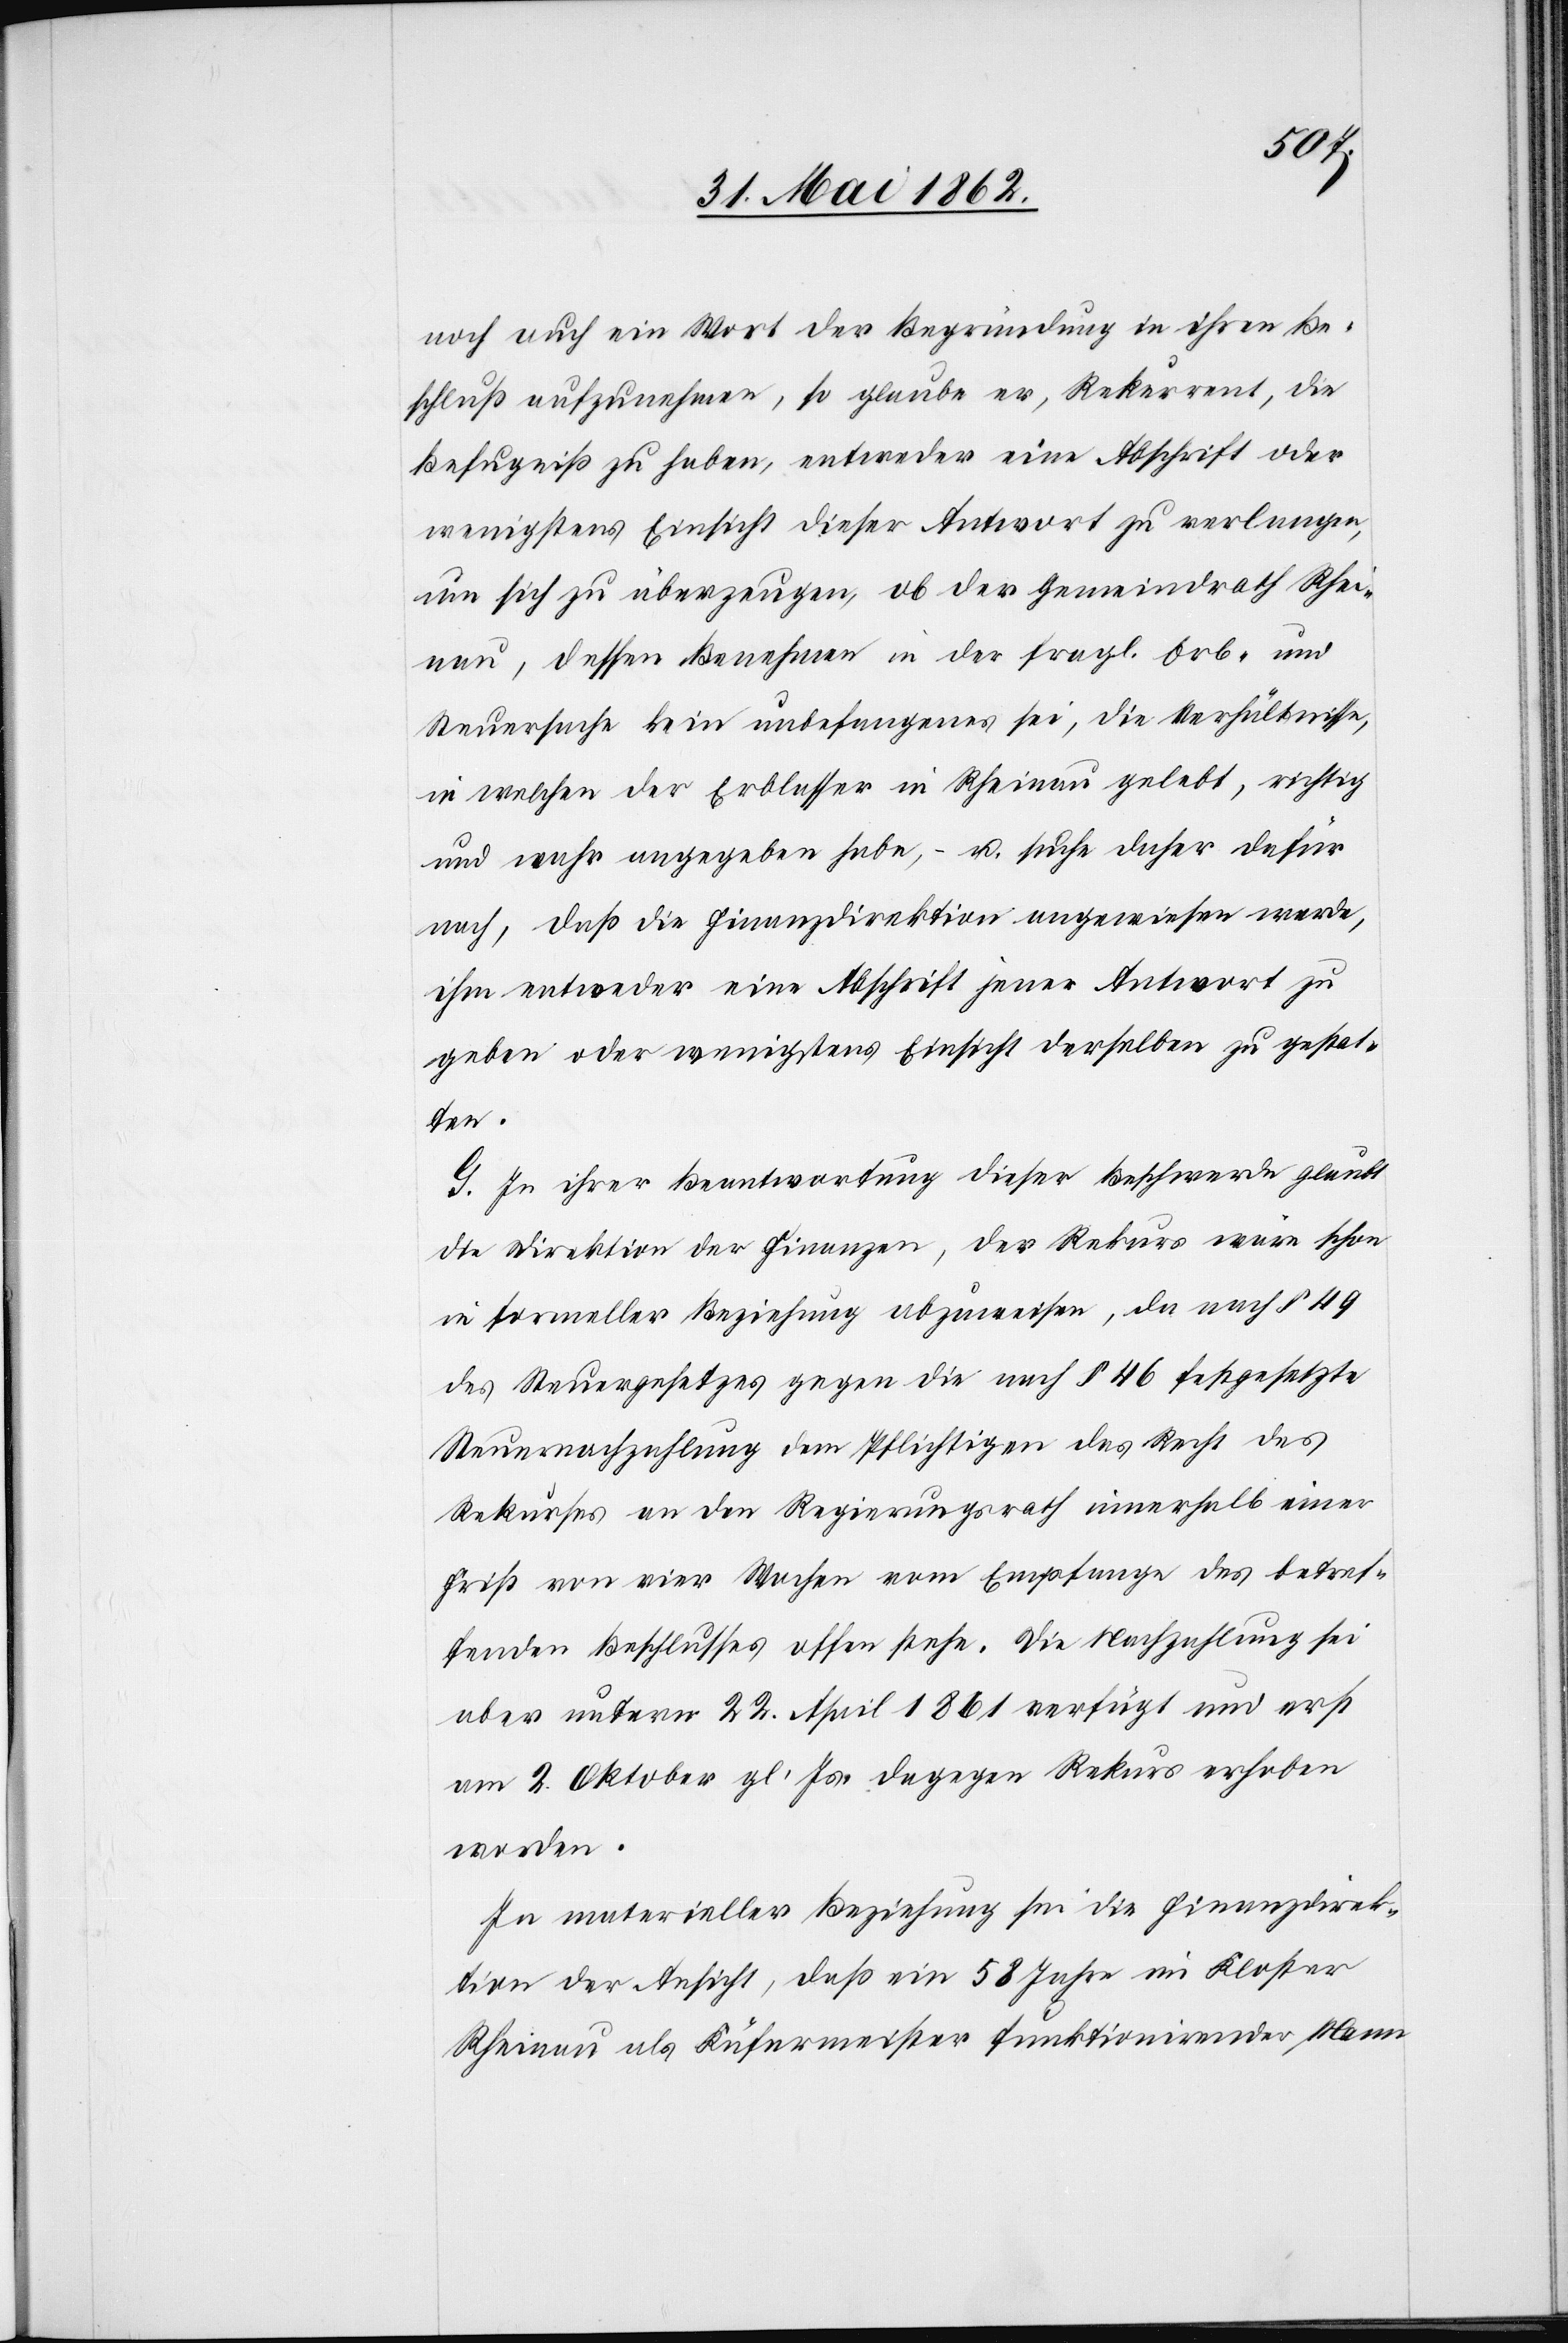
noch auch ein Wort der Begründung in ihren Be¬
schluß aufzunehmen, so glaube er, Rekurrent, die
Befugniß zu haben, entweder eine Abschrift oder
wenigstens Einsicht dieser Antwort zu verlangen,
um sich zu überzeugen, ob der Gemeindrath Rhei¬
nau, dessen Benehmen in der fragl. Erb- und
Steuersache kein unbefangenes sei, die Verhältnisse,
in welchen der Erblasser in Rheinau gelebt, richtig
und wahr angegeben habe, u. suche daher dafür
nach, daß die Finanzdirektion angewiesen werde,
ihm entweder eine Abschrift jener Antwort zu
geben oder wenigstens Einsicht derselben zu gestat¬
ten.
G. In ihrer Beantwortung dieser Beschwerde glaubt
die Direktion der Finanzen, der Rekurs wäre schon
in formeller Beziehung abzuweisen, da nach § 49
des Steuergesetzes gegen die nach § 46 festgesetzte
Steuernachzahlung dem Pflichtigen das Recht des
Rekurses an den Regierungsrath innerhalb einer
Frist von vier Wochen vom Empfange des betref¬
fenden Beschlusses offen stehe. Die Nachzahlung sei
aber unterm 22. April 1861 verfügt und erst
am 2. Oktober gl. Js. dagegen Rekurs erhoben
worden.
In materieller Beziehung sei die Finanzdirek¬
tion der Ansicht, daß ein 58 Jahre im Kloster
Rheinau als Küfermeister funktionirender Mann